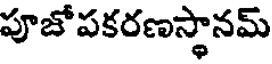
పూజోపకరణస్థానమ్